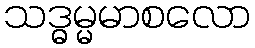
သဒ္ဓမ္မမာစလော